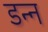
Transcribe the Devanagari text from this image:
डन्न